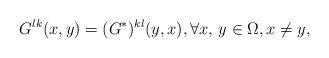
\begin{align*}G^{lk}(x,y)=(G^*)^{kl}(y,x), \forall x,\, y\in \Omega, x\neq y,\end{align*}